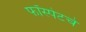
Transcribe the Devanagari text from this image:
फॉस्पेटचे